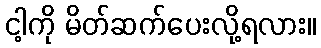
ငါ့ကို မိတ်ဆက်ပေးလို့ရလား။